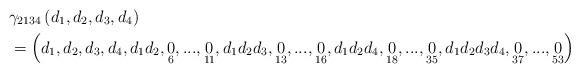
LaTeX: \begin{align*}& \gamma_{2134}\left( d_{1},d_{2},d_{3},d_{4}\right) \\& =\left( d_{1},d_{2},d_{3},d_{4},d_{1}d_{2},\underset{6}{0},...,\underset{11}{0},d_{1}d_{2}d_{3},\underset{13}{0},...,\underset{16}{0},d_{1}d_{2}d_{4},\underset{18}{0},...,\underset{35}{0},d_{1}d_{2}d_{3}d_{4},\underset{37}{0},...,\underset{53}{0}\right)\end{align*}